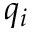
q _ { i }